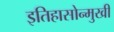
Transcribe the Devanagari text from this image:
इतिहासोन्मुखी